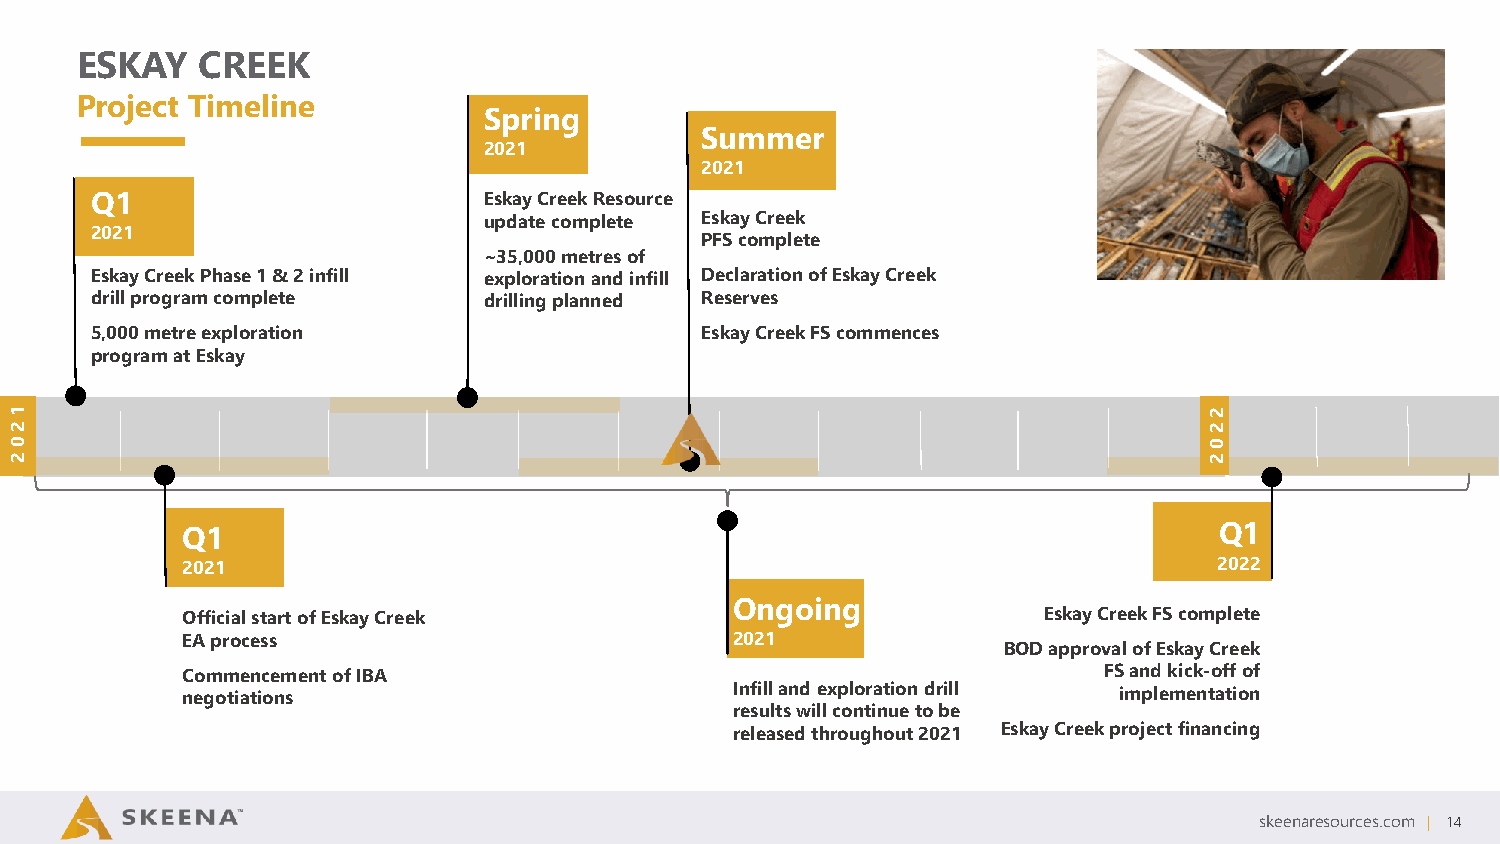
ESKAY   CREEK
 Project Timeline
 Spring
 Summer
 2021
 2021
 Q1                        Eskay Creek Resource
 update complete Eskay Creek
 2021
 PFS complete
 ~35,000 metresof
 Eskay Creek Phase 1 & 2 infill exploration and infill Declaration of Eskay Creek
 drill program complete    drilling planned Reserves
 5,000 metre exploration                 Eskay Creek FS commences
 program at Eskay
 1                                                                              2
 2                                                                              2
 0                                                                              0
 2                                                                              2
 Q1                                                                   Q1
 2021                                                                 2022
 Ongoing
 Official start of Eskay Creek                            Eskay Creek FS complete
 EA process                           2021
 BOD approval of Eskay Creek
 Commencement of IBA                                          FS and kick-off of
 negotiations                         Infill and exploration drill implementation
 results will continue to be
 released throughout 2021 Eskay Creek project financing
 skeenaresources.com | 14